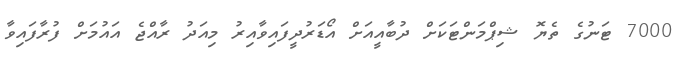
7000 ޓަނުގެ ތެޔޮ ޝިޕްމަންޓަކަށް ދުބާއީއަށް އޯޑަރުދީފައިވާއިރު މިއަދު ރާއްޖެ އައުމަށް ފުރާފައިވާ